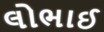
લોભાઈ